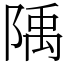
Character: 𨺲